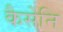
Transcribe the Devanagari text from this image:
कैसेनि